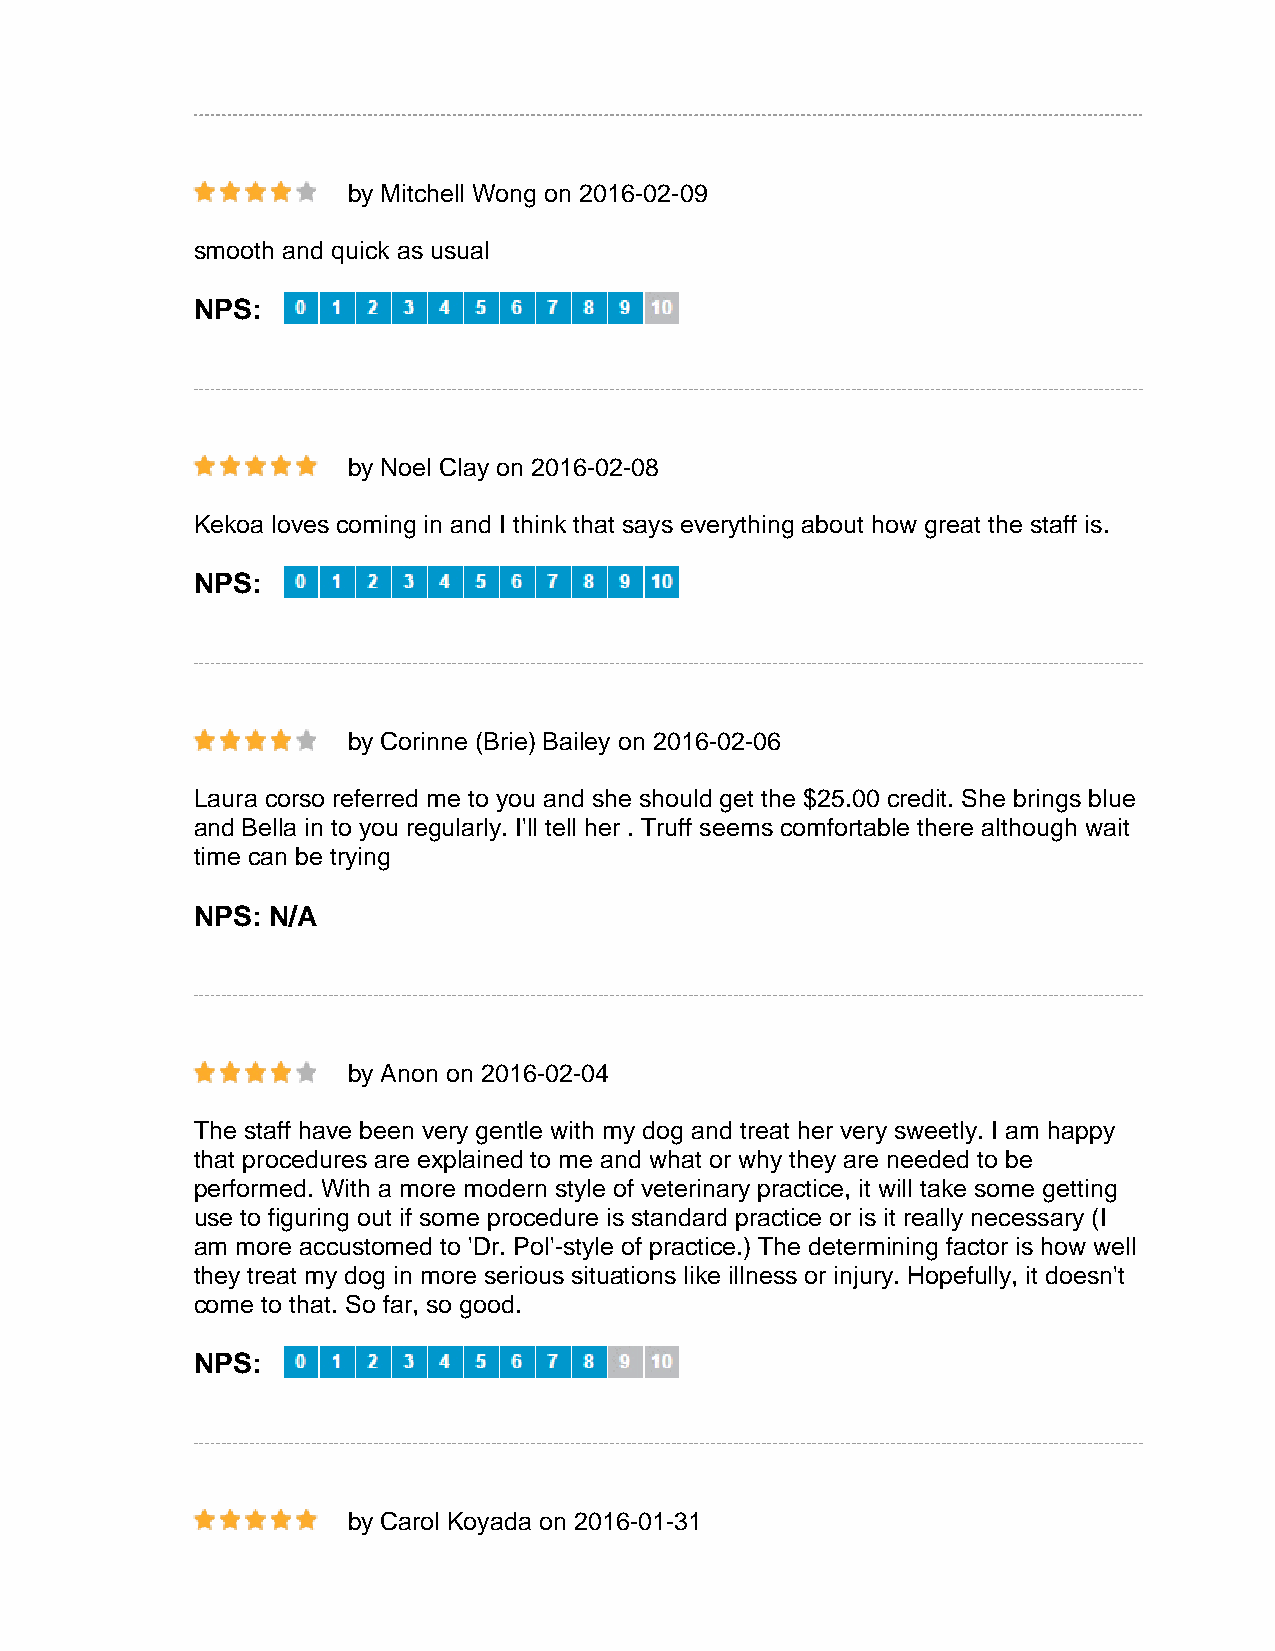
by Mitchell Wong on 2016-02-09
 smooth and quick as usual
 NPS:
 by Noel Clay on 2016-02-08
 Kekoa loves coming in and I think that says everything about how great the staff is.
 NPS:
 by Corinne (Brie) Bailey on 2016-02-06
 Laura corso referred me to you and she should get the $25.00 credit. She brings blue
 and Bella in to you regularly. I'll tell her . Truff seems comfortable there although wait
 time can be trying
 NPS: N/A
 by Anon on 2016-02-04
 The staff have been very gentle with my dog and treat her very sweetly. I am happy
 that procedures are explained to me and what or why they are needed to be
 performed. With a more modern style of veterinary practice, it will take some getting
 use to figuring out if some procedure is standard practice or is it really necessary (I
 am more accustomed to 'Dr. Pol'-style of practice.) The determining factor is how well
 they treat my dog in more serious situations like illness or injury. Hopefully, it doesn't
 come to that. So far, so good.
 NPS:
 by Carol Koyada on 2016-01-31